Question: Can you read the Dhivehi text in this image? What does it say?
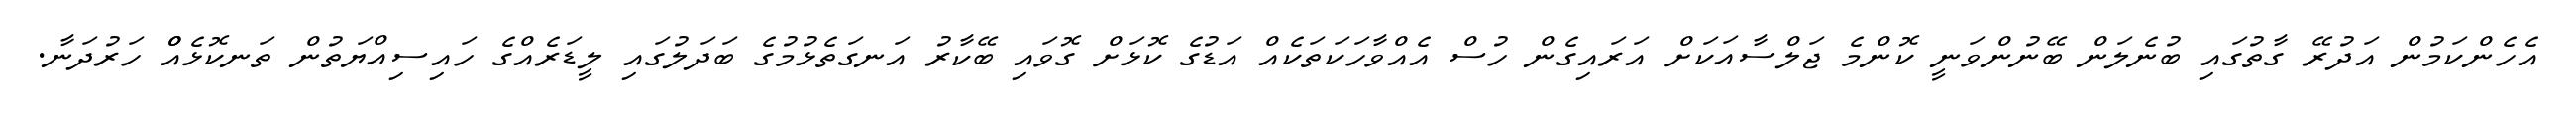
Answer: އެހެންކަމުން އަދުރޭ ގާތުގައި ބުނެލަން ބޭނުންވަނީ ކޮންމެ ޖަލްސާއަކަށް އަރައިގެން ހުސް އެއްވާހަކަތަކެއް އަޑުގެ ކޮޅަށް ގޮވައި ބޭކާރު އަނގަތެޅުމުގެ ބަދަލުގައި ލީޑަރެއްގެ ހައިސިއްޔަތުން ތަނކޮޅެއްް ހަރުދަނާ.